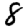
Digit: 8